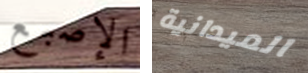
الإصبع الميدانية